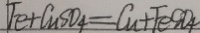
F e + C u S O _ { 4 } = C u + F e S O _ { 4 }